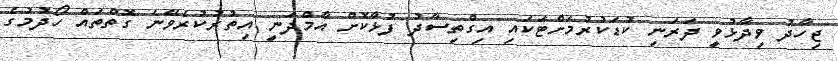
ޖިހާދު ވިދާޅުވީ ދަރަނި ކުޑަކުރުމަށްޓަކައި އިގްތިސާދު ފުޅާކޮށް އާމްދަނީ އިތުރުކުރެވޭނެ ގޮތްތައް ހޯދުމުގެ